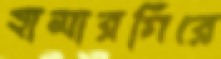
হামারগিরে